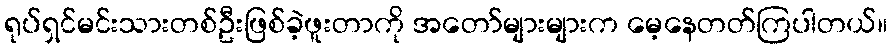
ရုပ်ရှင်မင်းသားတစ်ဦးဖြစ်ခဲ့ဖူးတာကို အတော်များများက မေ့နေတတ်ကြပါတယ်။